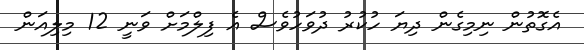
އެގޮތުން ނިމިގެން ދިޔަ ހުކުރު ދުވަހުވެސް އެ ފިލްމަށް ވަނީ 12 މިލިއަން